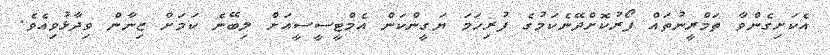
އެކަށިގެންވާ ތަމްރީނުތައް ފޯރުކޮށްދޭނެކަމުގެ ފުރިހަމަ ޔަގީންކަން އެމްޓީސީސީއަށް ލިބޭނެ ކަމަށް ޒިނާން ވިދާޅުވިއެވެ.